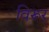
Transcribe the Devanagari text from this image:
विरूर